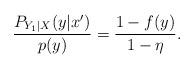
LaTeX: \begin{align*}\frac{P_{Y_1|X}(y|x')}{p(y)}=\frac{1-f(y)}{1-\eta}.\end{align*}